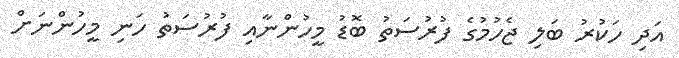
އަދި ހަކުރު ބަލި ޖެހުމުގެ ފުރުސަތު ބޮޑު މީހުންނާއި ފުރުސަތު ހަނި މީހުންނަށް